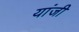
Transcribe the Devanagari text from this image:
यांजी